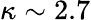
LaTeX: \kappa\sim 2.7